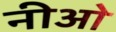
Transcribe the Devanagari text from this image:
नीओ